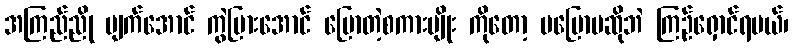
အကြည်ညို ပျက်အောင် ကွဲပြားအောင် ပြောတဲ့စကားမျိုး ကိုတော့ မပြောမဆိုဘဲ ကြဉ်ရှောင်ရမယ်၊